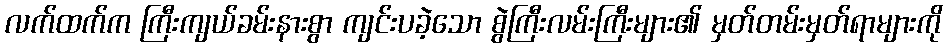
လက်ထက်က ကြီးကျယ်ခမ်းနားစွာ ကျင်းပခဲ့သော စွဲကြီးလမ်းကြီးများ၏ မှတ်တမ်းမှတ်ရာများကို